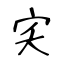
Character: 宎